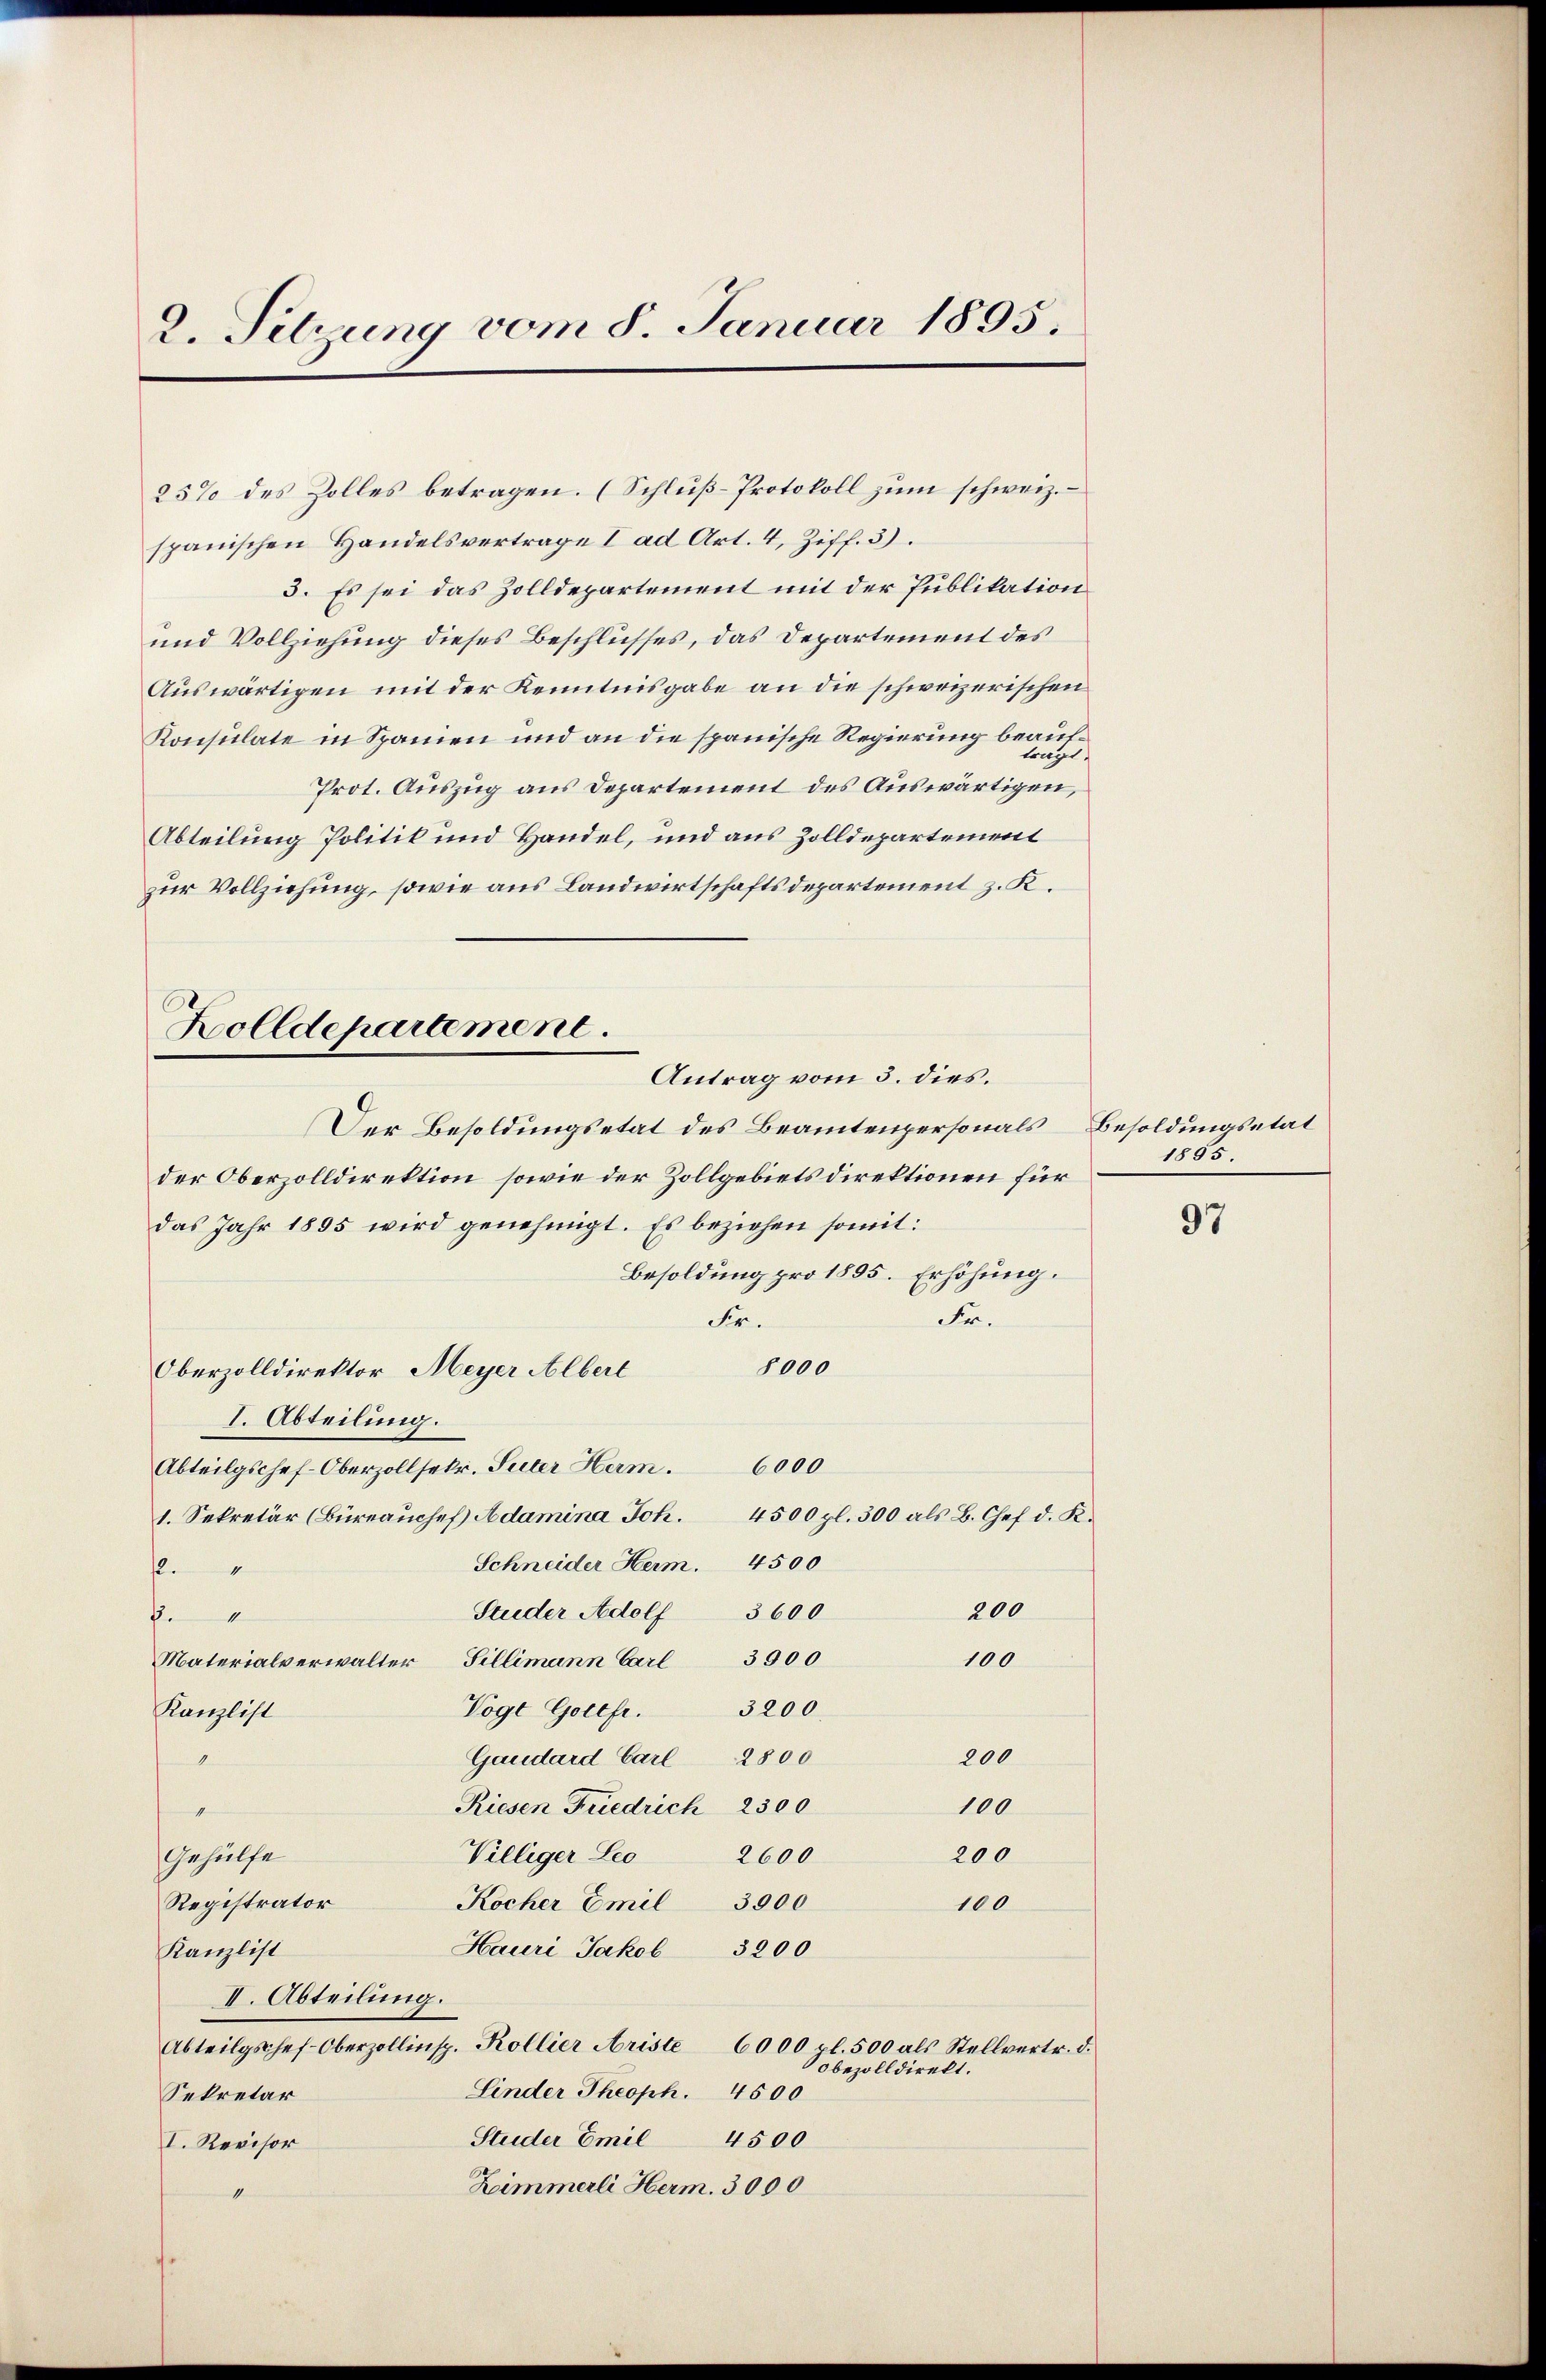
2. Setzung vom 8. Januar 1895.

25% des Zolles betragen. (Schluß-Protokoll zum schweiz.
spanischen Handelsvertrage I ad Art. 4, Ziff. 3).
3. Es sei das Zolldepartement mit der Publikation
und Vollziehung dieses Beschlusses, das Departement des
Auswärtigen mit der Kenntnisgabe an die schweizerischen
Konsulate in Spanien und an die spanische Regierung beaufträgt.
Prot. Auszug aus Departement des Auswärtigen,
Abteilung Politik und Handel, und aus Zolldepartement
zur Vollziehung, sowie aus Landwirtschaftsdepartement z. K.
Der Besoldungsetat des Beamtenpersonals
der Oberzolldirektion, sowie der Zollgebiets direktionen für
das Jahr 1895 wird genehmigt. Es beziehen somit:
Besoldung pro 1895. Erhöhung.
Fr.
Fr.
8000
Oberzolldirektor Meyer Albert
I. Abteilung.
Abteilgschef-Oberzollsetr. Suter Herm. 6000
1. Sekretär (Büreaŭchef Adamina Joh. 4500 fl. 300 als B. Chef d. K.
Schneider Herm. 4500
4
200
Studer Adolf 3600
24
Materialverwalter Fillimann Carl 3900
100
Vogt Gottfr. 3200.
Kanzlist
200
1
Gaudard Carl 2800
Riesen Friedrich 2300
100
senen
Villiger Leo 2600
200
Gehülfe
Registrator
Kocher Emil 3000
100
Hauri Jakob 3200
Kanzlist
II. Abteilung.
Abteilgschef-Oberzollinsp. Kollier Ariste 6000 pl. 500 als Stellvertr. d.
obezolldirekt.
Linder Theoph. 4500
Sekretär
Studer Emil
4500
I. Revisor
Himmerli Herm. 3000
1

olldepartement.
Antrag vom 3. dies.

Besoldungsetat
1885.

97